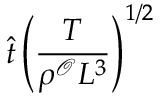
\hat { t } \left( \frac { T } { \rho ^ { \mathcal { O } } L ^ { 3 } } \right) ^ { 1 / 2 }